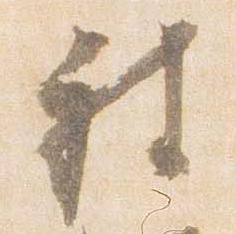
被